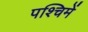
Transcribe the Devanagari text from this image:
पश्चिमें